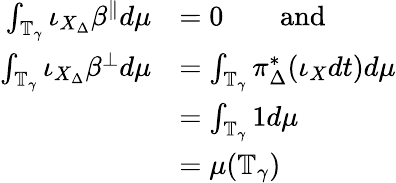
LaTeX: \begin{array}{rl}{\int_{\mathbb{T}_{\gamma}}\iota_{X_{\Delta}}\beta^{\parallel}d\mu}&{=0\qquad\mathrm{and}}\\ {\int_{\mathbb{T}_{\gamma}}\iota_{X_{\Delta}}\beta^{\perp}d\mu}&{=\int_{\mathbb{T}_{\gamma}}\pi_{\Delta}^{*}(\iota_{X}dt)d\mu}\\ &{=\int_{\mathbb{T}_{\gamma}}1d\mu}\\ &{=\mu(\mathbb{T}_{\gamma})}\end{array}